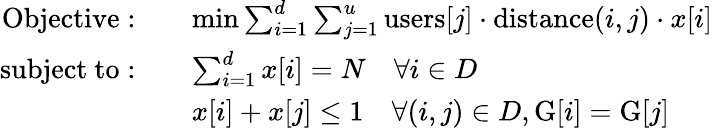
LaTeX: \begin{array}{rl}{\mathrm{Objective:}\quad}&{\operatorname*{min}\sum_{i=1}^{d}\sum_{j=1}^{u}\mathrm{users}[j]\cdot\mathrm{distance}(i,j)\cdot x[i]}\\ {\mathrm{subject~to:}\quad}&{\sum_{i=1}^{d}x[i]=N\quad\forall i\in D}\\ &{x[i]+x[j]\leq 1\quad\forall(i,j)\in D,\mathrm{G}[i]=\mathrm{G}[j]}\end{array}